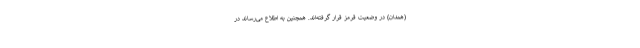
(همدان) در وضعیت قرمز قرار گرفته‌اند. همچنین به اطلاع می‌رساند در